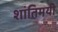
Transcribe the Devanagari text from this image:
शांतिमयी